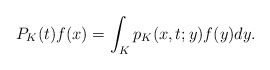
\begin{align*}P_K(t) f(x)=\int_{K}p_{K}(x,t; y)f(y)dy.\end{align*}